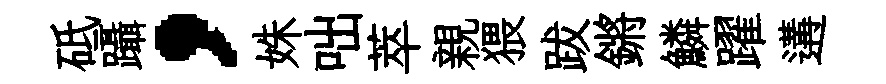
砥躡，姝咄萃親猥跋鏘鱗躍遘